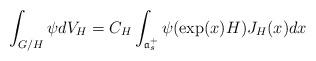
LaTeX: \begin{align*}\int_{G/H} \psi dV_H = C_H \int_{\mathfrak{a}_s^+} \psi(\exp(x)H) J_H(x) dx\end{align*}